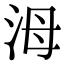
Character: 𣳠